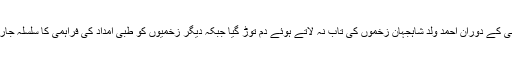
ہسپتال انتظامیہ کے مطابق بعد ازاں علاج کی فراہمی کے دوران احمد ولد شاہجہان زخموں کی تاب نہ لاتے ہوئے دم توڑ گیا جبکہ دیگر زخمیوں کو طبی امداد کی فراہمی کا سلسلہ جاری ہے جن میں 2 کی حالت نازک بتائی جارہی ہے۔